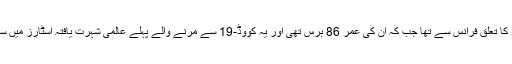
مینو دیبینگو کا تعلق فرانس سے تھا جب کہ ان کی عمر 86 برس تھی اور یہ کووڈ-19 سے مرنے والے پہلے عالمی شہرت یافتہ اسٹارز میں سے ایک ہیں۔